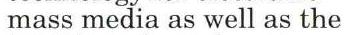
mass media as well as the